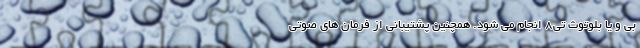
بی و یا بلوتوث تی8 انجام می شود. همچنین پشتیبانی از فرمان های صوتی